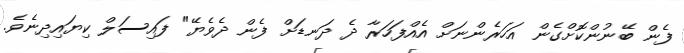
ފެން ބޭނުންކޮށްގެން އަހަރެންނަށް އެއްފަހަރާ ދެ ދަނޑަށް ފެން ދެވެޔޭ" ފައިސަލް ކިޔައިދިނެވެ.